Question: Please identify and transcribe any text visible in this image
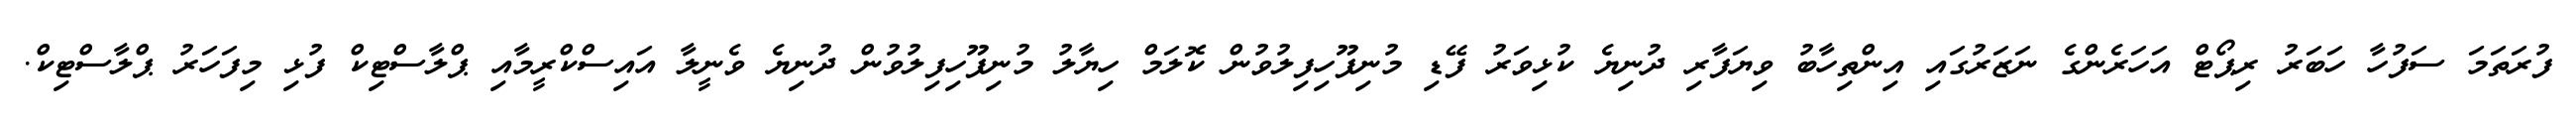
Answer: ފުރަތަމަ ސަފުހާ ހަބަރު ރިޕޯޓް އަހަރެންގެ ނަޒަރުގައި އިންތިހާބު ވިޔަފާރި ދުނިޔެ ކުޅިވަރު ފޭޑި މުނިފޫހިފިލުވުން ކޮލަމް ހިޔާލު މުނިފޫހިފިލުވުން ދުނިޔެ ވެނީލާ އައިސްކްރީމާއި ޕްލާސްޓިކް ފުޅި މިފަހަރު ޕްލާސްޓިކް.